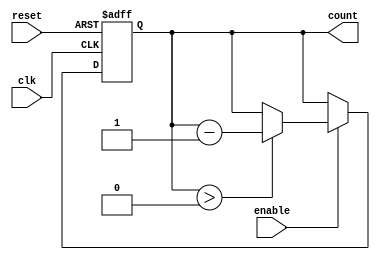
module down_counter #(
    parameter N = 4 // Define the bit-width of the counter (default is 4 bits)
)(
    input wire clk,           // Clock signal
    input wire enable,        // Enable signal
    input wire reset,         // Asynchronous reset signal
    output reg [N-1:0] count  // Current value of the counter
);

    // Define the maximum value for the counter
    localparam MAX_VALUE = (1 << N) - 1; // 2^N - 1

    // Asynchronous reset and counting logic
    always @(posedge clk or posedge reset) begin
        if (reset) begin
            count <= MAX_VALUE; // Reset the counter to MAX_VALUE
        end else if (enable) begin
            if (count > 0) begin
                count <= count - 1; // Decrement the counter
            end
            // If count is 0, it will remain at 0 (no wrap around)
        end
    end

    // Initialize the counter to MAX_VALUE at startup
    initial begin
        count = MAX_VALUE; // Start counting down from MAX_VALUE
    end

endmodule